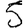
Digit: 5